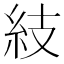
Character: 𥾣